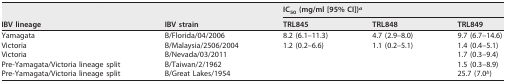
<table><thead><tr><td rowspan="2"><b>IBV lineage</b></td><td rowspan="2"><b>IBV strain</b></td><td colspan="3"><b>IC<sub>50</sub> (mg/ml [95% CI])<sup><i>a</i></sup></b></td></tr><tr><td><b>TRL845</b></td><td><b>TRL848</b></td><td><b>TRL849</b></td></tr></thead><tbody><tr><td>Yamagata</td><td>B/Florida/04/2006</td><td>8.2 (6.1–11.3)</td><td>4.7 (2.9–8.0)</td><td>9.7 (6.7–14.6)</td></tr><tr><td>Victoria</td><td>B/Malaysia/2506/2004</td><td>1.2 (0.2–6.6)</td><td>1.1 (0.2–5.1)</td><td>1.4 (0.4–5.1)</td></tr><tr><td>Victoria</td><td>B/Nevada/03/2011</td><td></td><td></td><td>1.7 (0.3–9.4)</td></tr><tr><td>Pre-Yamagata/Victoria lineage split</td><td>B/Taiwan/2/1962</td><td></td><td></td><td>1.5 (0.3–8.9)</td></tr><tr><td>Pre-Yamagata/Victoria lineage split</td><td>B/Great Lakes/1954</td><td></td><td></td><td>25.7 (7.0<sup><i>b</i></sup>)</td></tr></tbody></table>